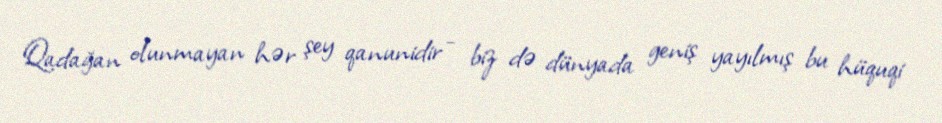
Qadağan olunmayan hər şey qanunidir - biz də dünyada geniş yayılmış bu hüquqi